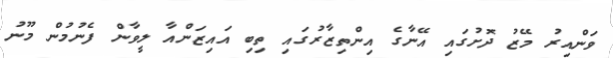
ވަންއިރު މޭޒު ދޮށުގައި އޭނާގެ އިންތިޒާރުގައި ތިބި އައިޒަންއާ ލީވާން ފެނުމުން މޫނު